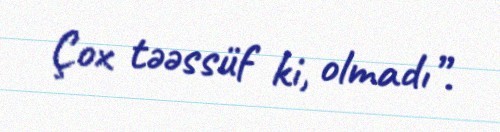
Çox təəssüf ki, olmadı”.